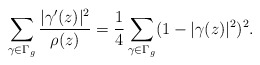
\begin{align*} \sum_{\gamma \in \Gamma_g} \frac{|\gamma'(z)|^2}{\rho(z)}=\frac{1}{4} \sum_{\gamma \in \Gamma_g} (1-|\gamma(z)|^2)^2.\end{align*}